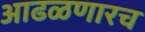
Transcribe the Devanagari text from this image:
आढळणारच